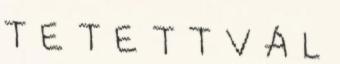
T E T E T T V Á L